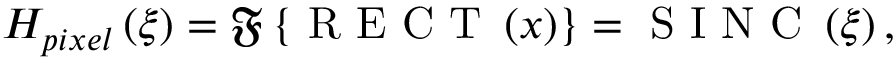
H _ { p i x e l } \left( \xi \right) = \mathfrak { F } \left\{ \textup { R E C T } \left( x \right) \right\} = \textup { S I N C } \left( \xi \right) ,